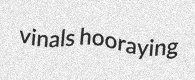
vinals hooraying